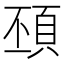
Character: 䪹